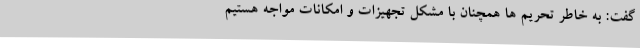
گفت: به خاطر تحریم ها همچنان با مشکل تجهیزات و امکانات مواجه هستیم